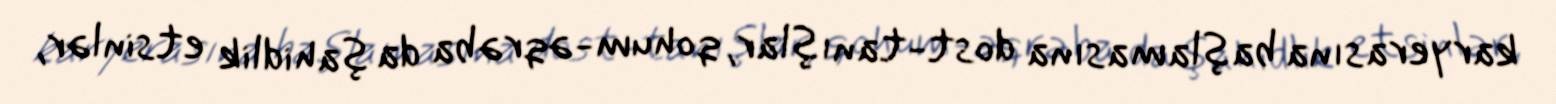
karyerasına başlamasına dost-tanışlar, qohum-əqrəba da şahidlik etsinlər,